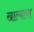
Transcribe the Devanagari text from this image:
खाल्याचा